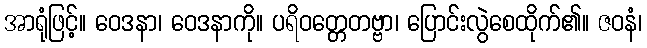
အာရုံဖြင့်။ ဝေဒနာ၊ ဝေဒနာကို။ ပရိဝတ္တေတဗ္ဗာ၊ ပြောင်းလွဲစေထိုက်၏။ ဇဝနံ၊